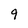
Character: 9